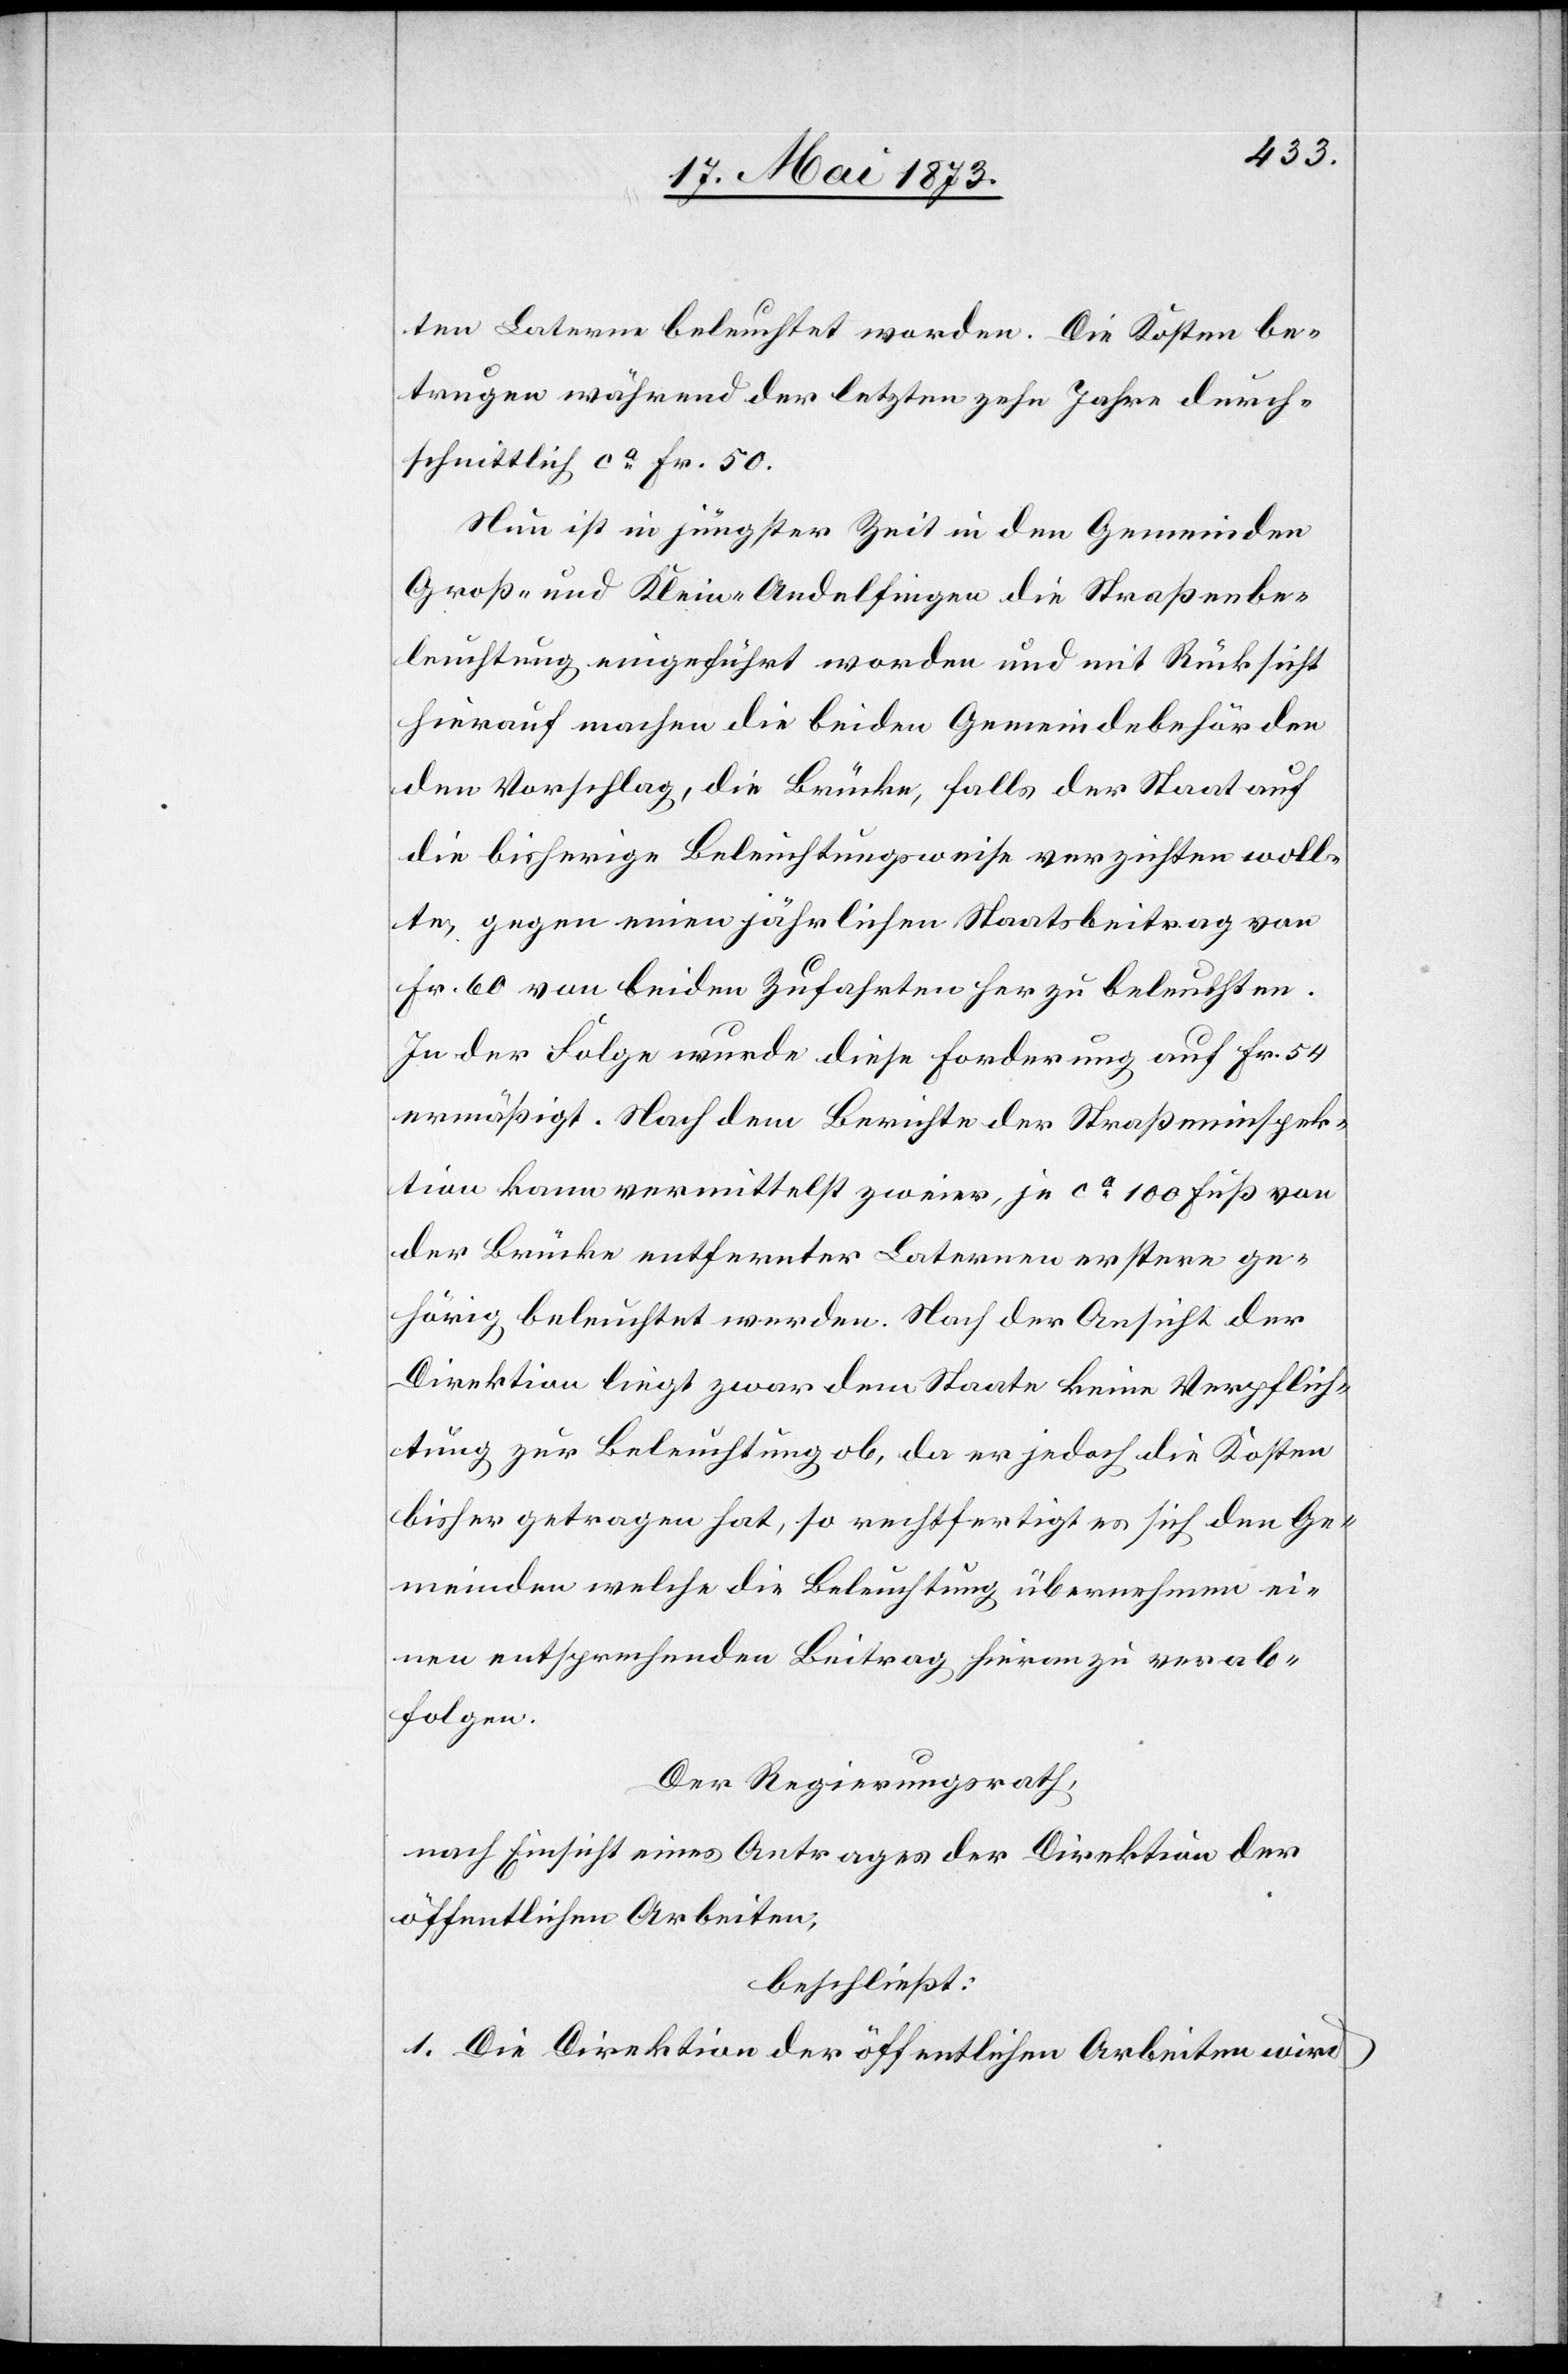
ten Laterne beleuchtet worden. Die Kosten be¬
trugen während der letzten zehn Jahre durch¬
schnittlich ca Fr. 50.
Nun ist in jüngster Zeit in den Gemeinden
Groß- und Klein-Andelfingen die Straßenbe¬
leuchtung eingeführt worden und mit Rücksicht
hierauf machen die beiden Gemeindebehörden
den Vorschlag, die Brücke, falls der Staat auf
die bisherige Beleuchtungsweise verzichten woll¬
te, gegen einen jährlichen Staatsbeitrag von
Fr. 60 von beiden Zufahrten her zu beleuchten.
In der Folge wurde diese Forderung auf Fr. 54
ermäßigt. Nach dem Berichte der Straßeninspek¬
tion kann vermittelst zweier, je ca 100 Fuß von
der Brücke entfernter Laternen erstere ge¬
hörig beleuchtet werden. Nach der Ansicht der
Direktion liegt zwar dem Staate keine Verpflich¬
tung zur Beleuchtung ob, da er jedoch die Kosten
bisher getragen hat, so rechtfertigt es sich den Ge¬
meinden welche die Beleuchtung übernehmen ei¬
nen entsprechenden Beitrag hievon zu verab¬
folgen.
Der Regierungsrath,
nach Einsicht eines Antrages der Direktion der
öffentlichen Arbeiten,
beschließt:
1. Die Direktion der öffentlichen Arbeiten wird